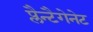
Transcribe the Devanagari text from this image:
प्लैन्टैगेनेट